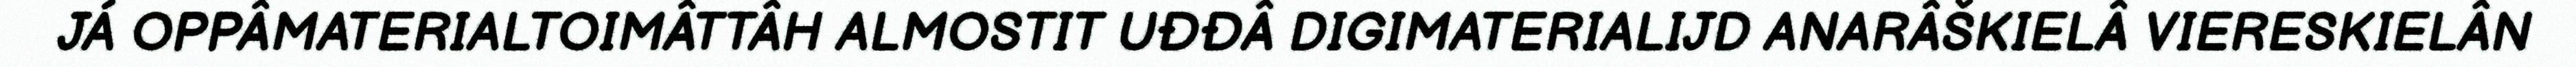
JÁ OPPÂMATERIALTOIMÂTTÂH ALMOSTIT UĐĐÂ DIGIMATERIALIJD ANARÂŠKIELÂ VIERESKIELÂN